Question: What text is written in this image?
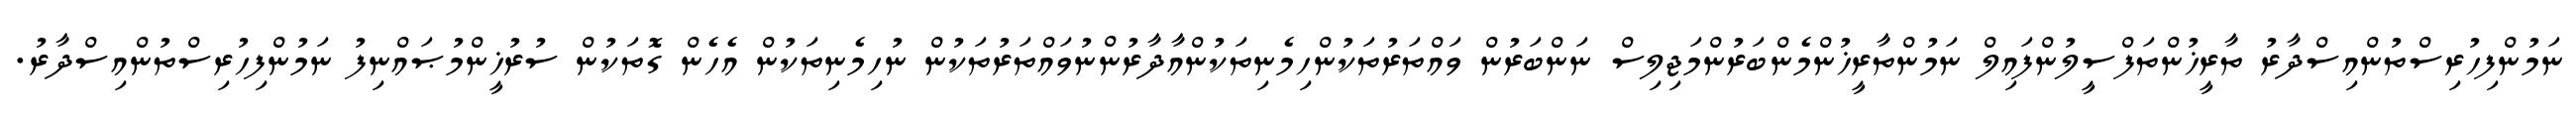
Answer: ނަމުންފިހުރިސްތުންއިސްދާރު ތާރީޚުންތަފްސީލުންފައިލް ނަމުންތާރީޚުންމެންބަރުންމަޖިލިސް ނަންބަރުން ވައްތަރުތަކުންހިމެނިތަކުންއާދާރުންނުވައްތަރުތަކުން ނުހިމެނިތަކުން އެހެން ގޮތަކުން ސުރުޚީންމުޞައްނިފު ނަމުންފިހުރިސްތުންއިސްދާރު.